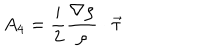
LaTeX: A _ { 4 } = { \frac { \mathrm { i } } { 2 } } { \frac { \nabla \rho } { \rho } } \cdot \vec { \tau }